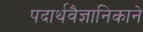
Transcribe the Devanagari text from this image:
पदार्थवैज्ञानिकाने